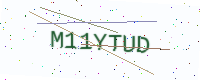
Text: M11YTUD